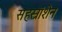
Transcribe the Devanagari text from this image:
सहस्रांशेन